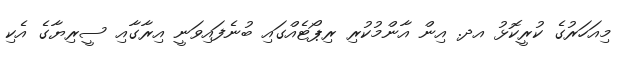
މިއަހަރުގެ ކުރީކޮޅު އދ. އިން އާންމުކުރި ރިޕޯޓެއްގައި ބުނެފައިވަނީ އިރާގާއި ސީރިޔާގެ އެކި